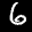
Label: 6